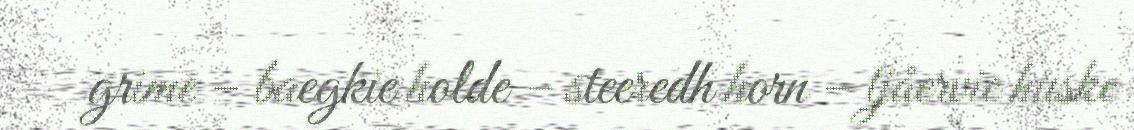
grime – baegkie holde – steeredh horn – tjåervie huske